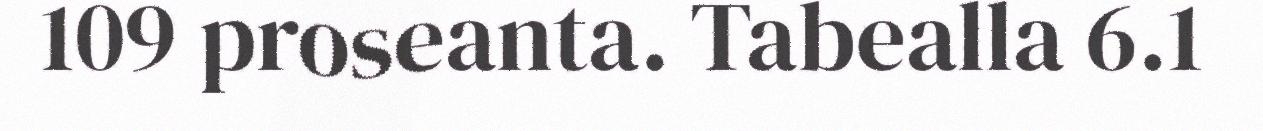
109 proseanta. Tabealla 6.1